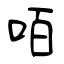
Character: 咟